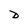
Character: D